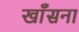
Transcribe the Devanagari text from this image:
खाँसना